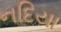
નદિયા